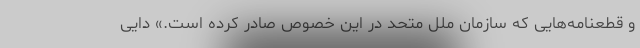
و قطعنامه‌هایی که سازمان ملل متحد در این خصوص صادر کرده است.» دایی